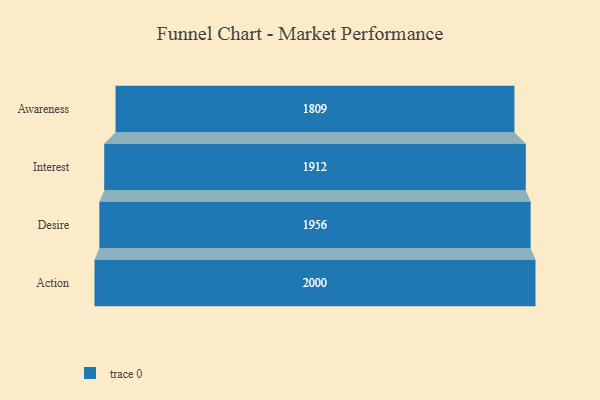
{"axis": {"x": "Stage", "y": "Value"}, "legend": [""], "data": [{"x": "Awareness", "y": 1809.0, "type": ""}, {"x": "Interest", "y": 1912.0, "type": ""}, {"x": "Desire", "y": 1956.0, "type": ""}, {"x": "Action", "y": 2000, "type": ""}]}